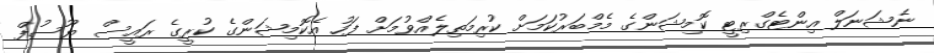
ނެޝަނަލް އިންޓެގްރިޓީ ކޮމިޝަންގެ މެމްބަރުކަމަށް ކުރިމަތިލެއްވުމަށް ފަހު އެކޮމިޝަންގެ ކުރީގެ ރައީސް ޔޫސުފް